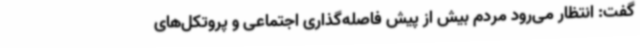
گفت: انتظار می‌رود مردم بیش از پیش فاصله‌گذاری اجتماعی و پروتکل‌های